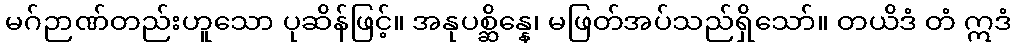
မဂ်ဉာဏ်တည်းဟူသော ပုဆိန်ဖြင့်။ အနုပစ္ဆိန္နေ၊ မဖြတ်အပ်သည်ရှိသော်။ တယိဒံ တံ ဣဒံ